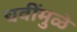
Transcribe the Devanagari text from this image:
चवींमुळे